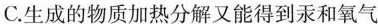
C.生成的物质加热分解又能得到汞和氧气